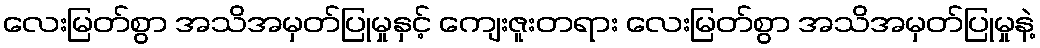
လေးမြတ်စွာ အသိအမှတ်ပြုမှုနှင့် ကျေးဇူးတရား လေးမြတ်စွာ အသိအမှတ်ပြုမှုနဲ့